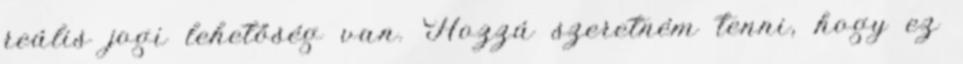
reális jogi lehetőség van. Hozzá szeretném tenni, hogy ez